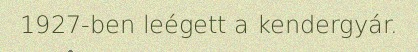
1927-ben leégett a kendergyár.